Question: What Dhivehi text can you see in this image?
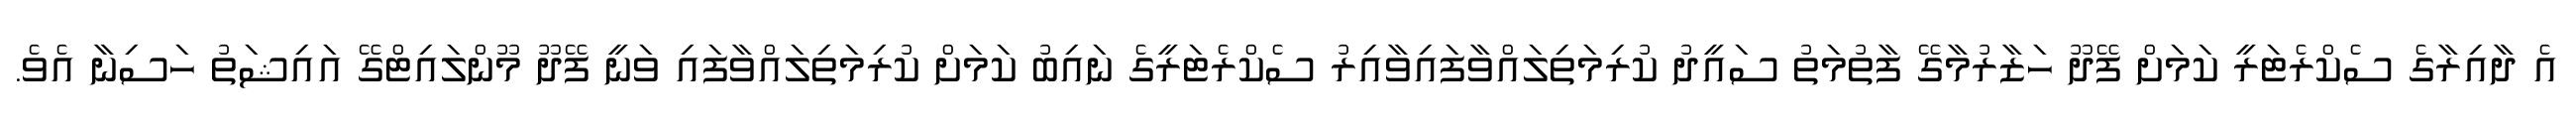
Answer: އެ ދާއިރާގެ ސެކްރެޓަރީ ކަމަށް ފޭދޫ ހަޒާރުމާގޭ ފާތުމަތު ސައީދު ކުރިމަތިލައްވާފައިވާއިރު ސެކްރެޓަރީގެ ނައިބު ކަމަށް ކުރިމަތިލައްވާފައި ވަނީ ފޭދޫ މޫންލައިޓްގޭ އައިޝަތު ހަސިނާ އެވެ.